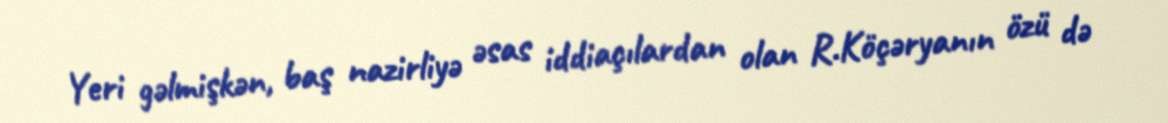
Yeri gəlmişkən, baş nazirliyə əsas iddiaçılardan olan R.Köçəryanın özü də